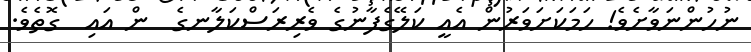
ނުހުންނަވާށެވެ! ހަމަކަށަވަރުން އެއީ ކަލޭގެފާނުގެ ވެރިރަސްކަލާނގެ  ން އައި  ގޮތެވެ.